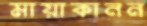
মায়াকানন